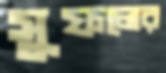
সুফলের